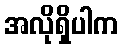
အလိုရှိပါက